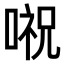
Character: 𠺷